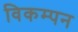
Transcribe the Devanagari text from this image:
विकम्पन